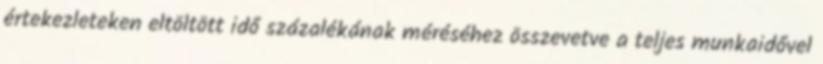
értekezleteken eltöltött idő százalékának méréséhez összevetve a teljes munkaidővel